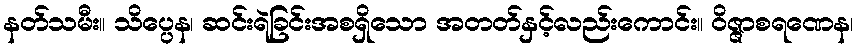
နတ်သမီး။ သိပ္ပေန၊ ဆင်းရဲခြင်းအစရှိသော အတတ်နှင့်လည်းကောင်း။ ဝိဇ္ဇာစရဏေန၊